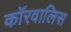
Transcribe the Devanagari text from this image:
कॉरवालिस